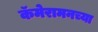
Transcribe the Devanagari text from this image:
कॅमेरामनच्या